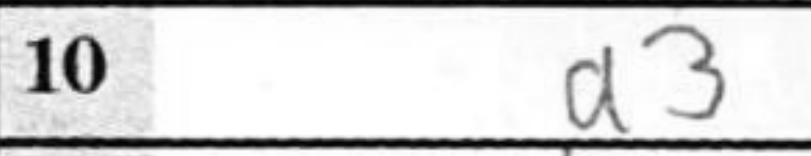
Transcription: a3